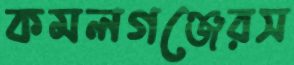
কমলগঞ্জেরস